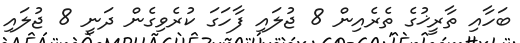
ބަހާއި ތާރީޚުގެ ތެރެއިން 8 ޖުލައި ފާހަގަ ކުރެވިގެން ދަނީ 8 ޖުލައި